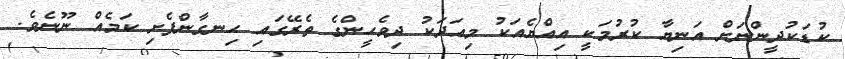
ކުޑަކުދީންނަށް އަނިޔާ ކުރުމަކީ އިއްޔެއަކު މިއަދަކު ދިވެހީންގެ ތެރޭގައި ހިނގާންފެށި ކަމެއް ނޫނެވެ.